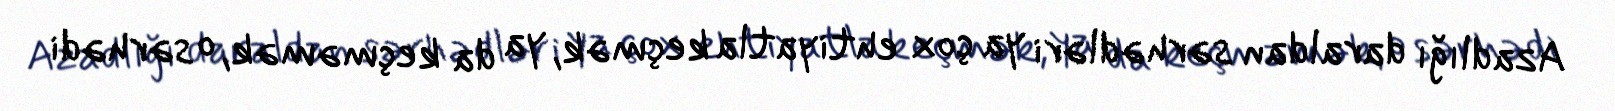
Azadlığı daraldan sərhədləri ya çox ehtiyatla keçmək, ya da keçməmək, o sərhədi